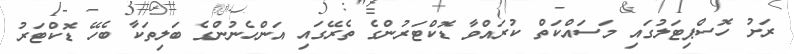
ރަށު ހޮސްޕިޓަލުގައި މަސައްކަތް ކުރައްވާ ޑޮކްޓަރުންގެ ތެރޭގައި އަންހެނުންގެ ބަލިތަކާ ބެހޭ ޑޮކްޓަރު